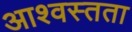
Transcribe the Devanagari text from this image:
आश्वस्तता